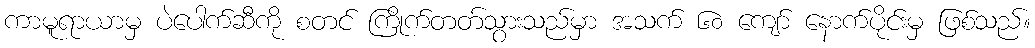
ကာမူရာယာမှ ပဲပေါက်ဆီကို စတင် ကြိုက်တတ်သွားသည်မှာ အသက် ၆၀ ကျော် နောက်ပိုင်းမှ ဖြစ်သည်။